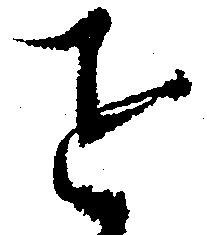
を